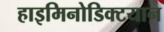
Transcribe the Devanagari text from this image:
हाइमिनोडिक्टयान